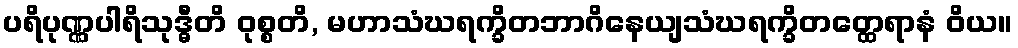
ပရိပုဏ္ဏပါရိသုဒ္ဓီတိ ဝုစ္စတိ, မဟာသံဃရက္ခိတဘာဂိနေယျသံဃရက္ခိတတ္ထေရာနံ ဝိယ။